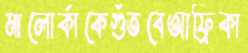
মালোর্কাকেগুঁতবেআফ্রিকা